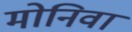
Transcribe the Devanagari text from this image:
मोनिवा